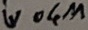
Text: W04M